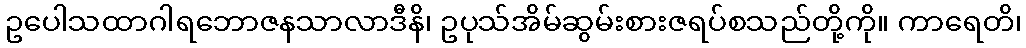
ဥပေါသထာဂါရဘောဇနသာလာဒီနိ၊ ဥပုသ်အိမ်ဆွမ်းစားဇရပ်စသည်တို့ကို။ ကာရေတိ၊